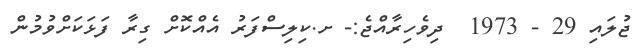
ޖުލައި 29 - 1973  ދިވެހިރާއްޖެ:- ށ.ކިލިސްފަރު އެއްކޮށް ގިރާ ފަޅަކަށްވުމުން